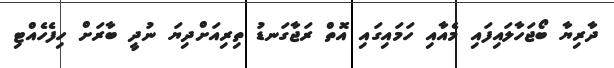
ދާރިޔާ ބޯޖަހާލައިފައި މެއާއި ހަމައިގައި އޮތް ރަޖާގަނޑު ތިރިއަށްދިޔަ ނުދީ ބާރަށް ހިފެހެއްޓި